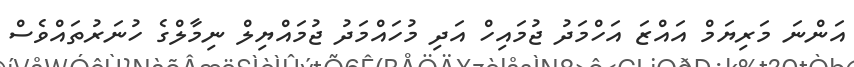
އަންނަ މަރިޔަމް އައްޒަ އަހްމަދު ޖުމައިހް އަދި މުހައްމަދު ޖުމައްޔިލް ނިމާލްގެ ހުނަރުތައްވެސް